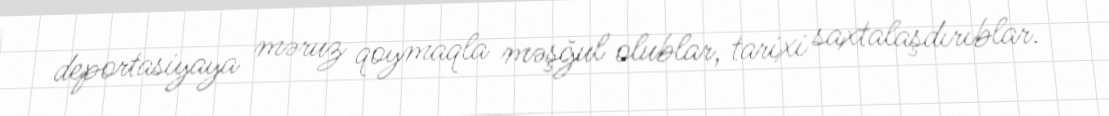
deportasiyaya məruz qoymaqla məşğul olublar, tarixi saxtalaşdırıblar.